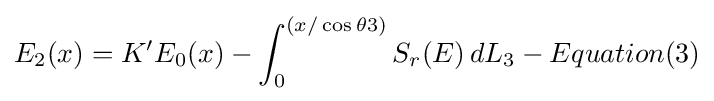
E_{2}(x)=K'E_{0}(x)-\int _{0}^{(x/\cos \theta 3)}S_{r}(E)\,dL_{3}-Equation(3)